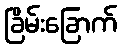
ခြိမ်းခြောက်